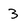
Character: 3